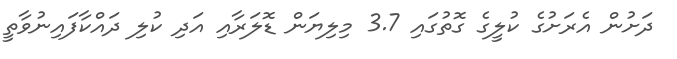
ދަށުން އެރަށުގެ ކުލީގެ ގޮތުގައި 3.7 މިލިޔަން ޑޮލަރާއި އަދި ކުލި ދައްކާފައިނުވާތީ